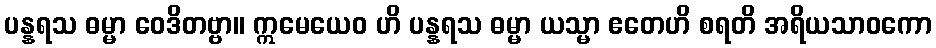
ပန္နရသ ဓမ္မာ ဝေဒိတဗ္ဗာ။ ဣမေယေဝ ဟိ ပန္နရသ ဓမ္မာ ယသ္မာ ဧတေဟိ စရတိ အရိယသာဝကော